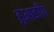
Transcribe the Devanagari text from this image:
हुआडाँग